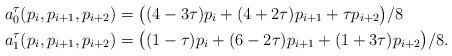
LaTeX: \begin{align*} a_0^\tau(p_i,p_{i+1},p_{i+2}) &= \bigl((4-3\tau)p_{i} + (4+2\tau)p_{i+1} + \tau p_{i+2}\bigr)/8 \\ a_1^\tau(p_i,p_{i+1},p_{i+2}) &= \bigl((1-\tau) p_{i} + (6-2\tau)p_{i+1} + (1+3\tau)p_{i+2}\bigr)/8 .\end{align*}